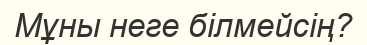
Мұны неге білмейсің?